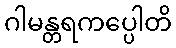
ဂါမန္တရကပ္ပေါတိ